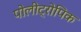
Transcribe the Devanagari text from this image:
पोलीट्रोपिक